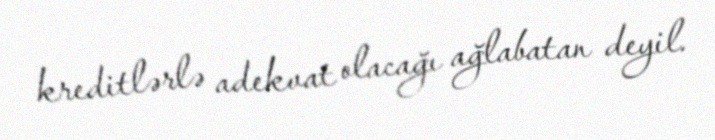
kreditlərlə adekvat olacağı ağlabatan deyil.